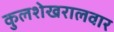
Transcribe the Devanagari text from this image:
कुलशेखरालवार